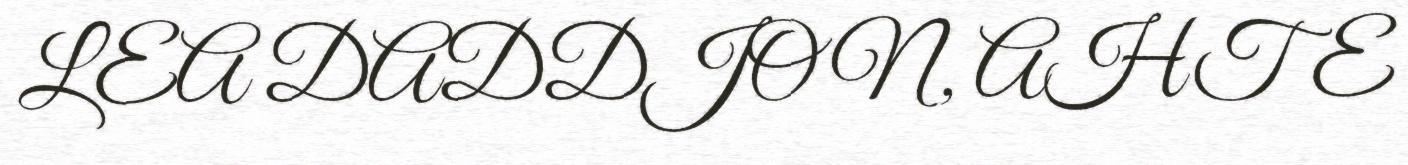
LEA DADDJON, AHTE